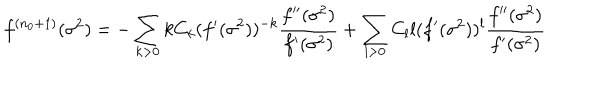
f ^ { ( n _ { 0 } + 1 ) } ( \sigma ^ { 2 } ) = - \sum _ { k > 0 } k C _ { k } ( f ^ { \prime } ( \sigma ^ { 2 } ) ) ^ { - k } \frac { f ^ { \prime \prime } ( \sigma ^ { 2 } ) } { f ^ { \prime } ( \sigma ^ { 2 } ) } + \sum _ { l > 0 } C _ { l } l ( f ^ { \prime } ( \sigma ^ { 2 } ) ) ^ { l } \frac { f ^ { \prime \prime } ( \sigma ^ { 2 } ) } { f ^ { \prime } ( \sigma ^ { 2 } ) }